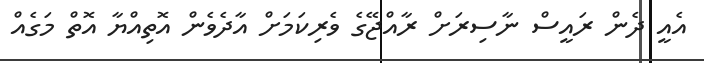
އެއީ ދެން ރައީސް ނާސިރަށް ރާއްޖޭގެ ވެރިކަމަށް އާދެވެން އޮތިއްޔާ އޮތް މަގެއް